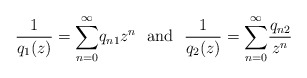
\begin{align*}\frac{1}{q_1(z)}=\overset{\infty}{\underset{n=0}{\sum}}q_{n1}z^n \ \ \mbox{and} \ \ \frac{1}{q_2(z)}=\overset{\infty}{\underset{n=0}{\sum}}\frac{q_{n2}}{z^n}\end{align*}